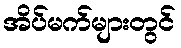
အိပ်မက်များတွင်